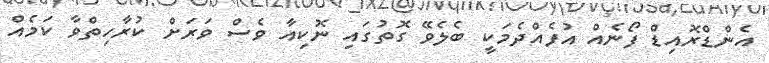
އެންޑްރޮއިޑް ފޯނެއް އުފެއްދެމަކީ ބެލެވޭ ގޮތުގައި ނޮކިއާ ވެސް ވަރަށް ކުރާހިތްވާ ކަމެއް